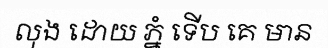
លុង ដោយ ភ្នំ ទើប គេ មាន